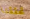
تحققنا